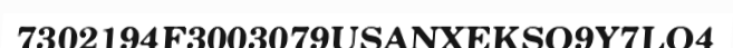
7302194F3003079USANXEKSO9Y7LO4